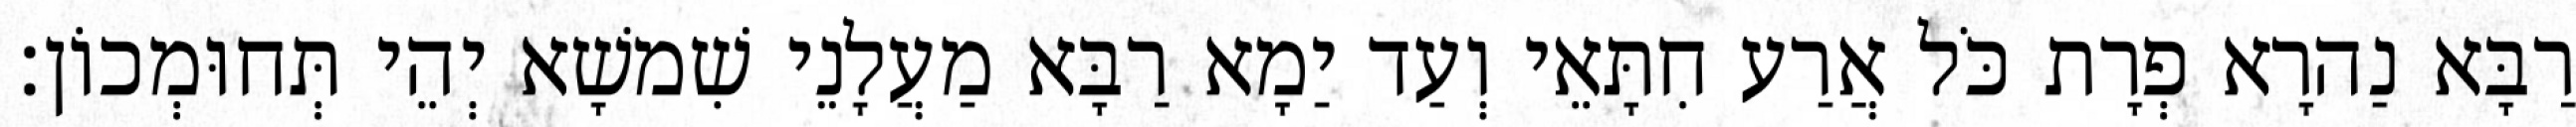
רַבָּא נַהרָא פְרָת כֹּל אֲרַע חִתָּאֵי וְעַד יַמָא רַבָּא מַעֲלָנֵי שִׁמשָׁא יְהֵי תְּחוּמְכוֹן׃